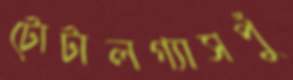
টোটালগ্যাসপুঁ